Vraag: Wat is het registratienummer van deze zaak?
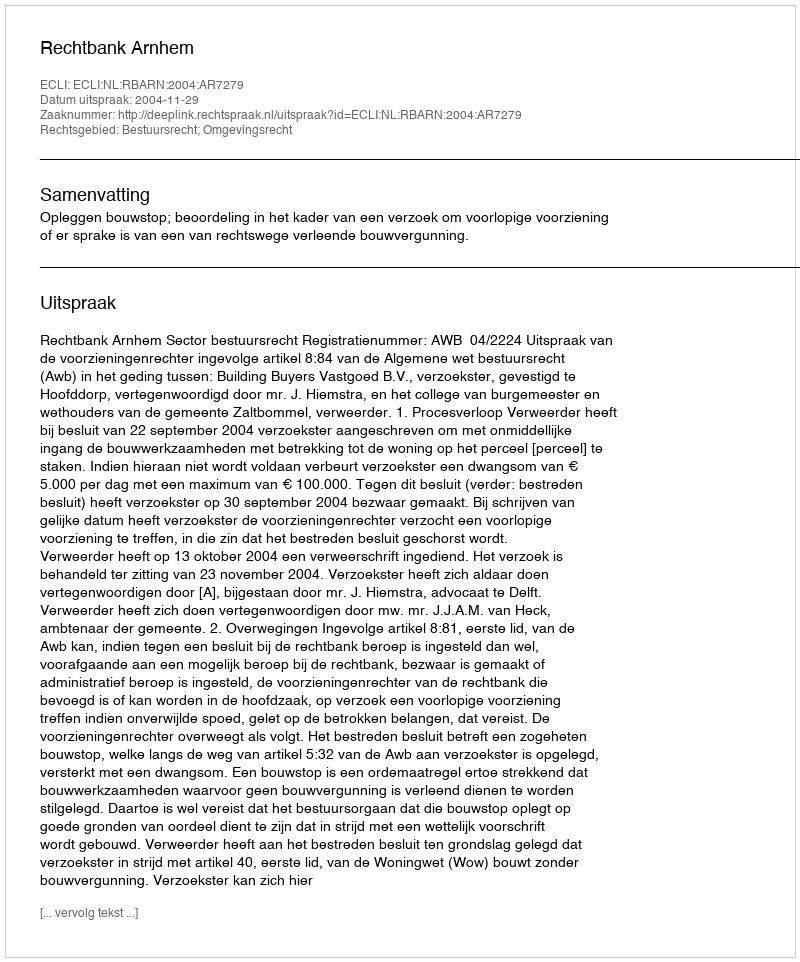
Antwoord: http://deeplink.rechtspraak.nl/uitspraak?id=ECLI:NL:RBARN:2004:AR7279